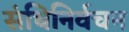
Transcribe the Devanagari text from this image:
संधिनिर्वचन